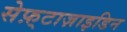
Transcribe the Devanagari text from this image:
सेफ़्टाज़ाइडिन